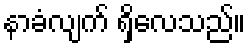
နာခံလျက် ရှိလေသည်။